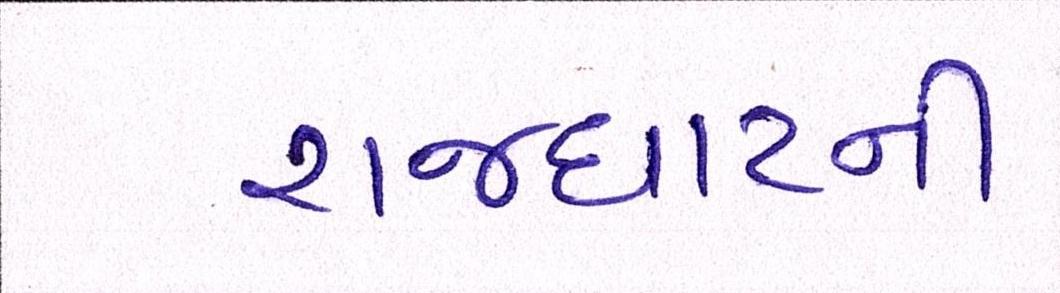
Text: રાજઘાટની